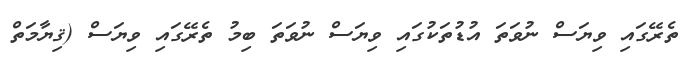
ތެރޭގައި ވިޔަސް ނުވަތަ އުޑުތަކުގައި ވިޔަސް ނުވަތަ ބިމު ތެރޭގައި ވިޔަސް (ޤިޔާމަތް